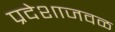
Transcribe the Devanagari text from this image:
प्रदेशाजवळ